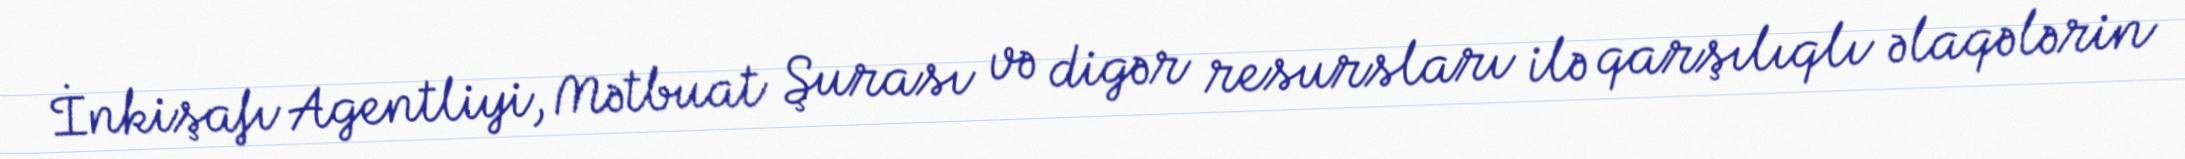
İnkişafı Agentliyi, Mətbuat Şurası və digər resursları ilə qarşılıqlı əlaqələrin